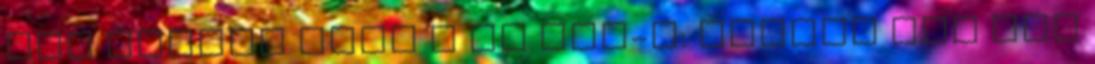
meg Kaycee vagy ő az HoH-t: Persze még így